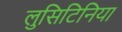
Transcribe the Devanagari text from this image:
लुसिटिनिया